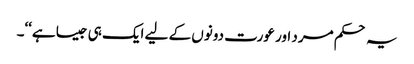
یہ حکم مرد اور عورت دونوں کے لیے ایک ہی جیسا ہے‘‘۔